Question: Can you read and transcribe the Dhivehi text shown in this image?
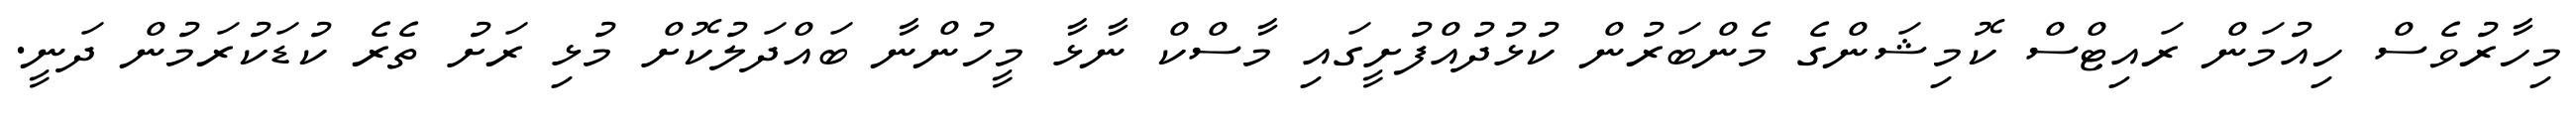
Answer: މިހާރުވެސް ހިއުމަން ރައިޓްސް ކޮމިޝަންގެ މެންބަރުން ކުޅުދުއްފުށީގައި މާސްކް ނާޅާ މީހުންނާ ބައްދަލުކޮށް މުޅި ރަށު ތެރެ ކުޑަކުރަމުން ދަނީ.